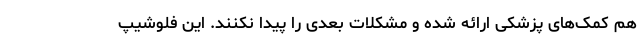
هم کمک‌های پزشکی ارائه شده و مشکلات بعدی را پیدا نکنند. این فلوشیپ